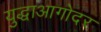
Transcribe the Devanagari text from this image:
युद्धाआगोदर